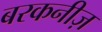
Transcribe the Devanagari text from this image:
बरकनीज़